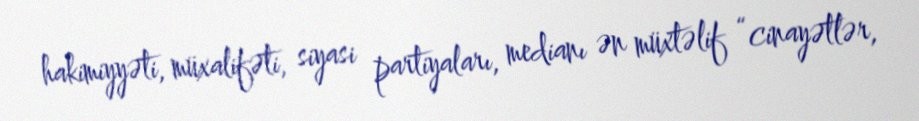
hakimiyyəti, müxalifəti, siyasi partiyaları, medianı ən müxtəlif “cinayətlər,